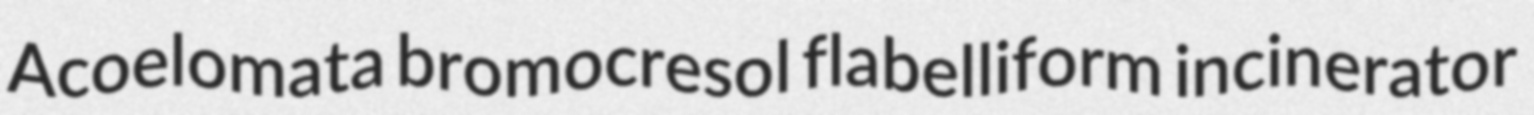
Acoelomata bromocresol flabelliform incinerator